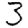
Digit: 3